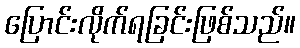
ပြောင်းလိုက်ရခြင်းဖြစ်သည်။